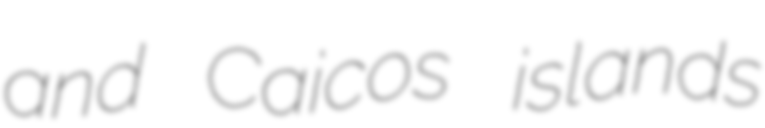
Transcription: and Caicos islands